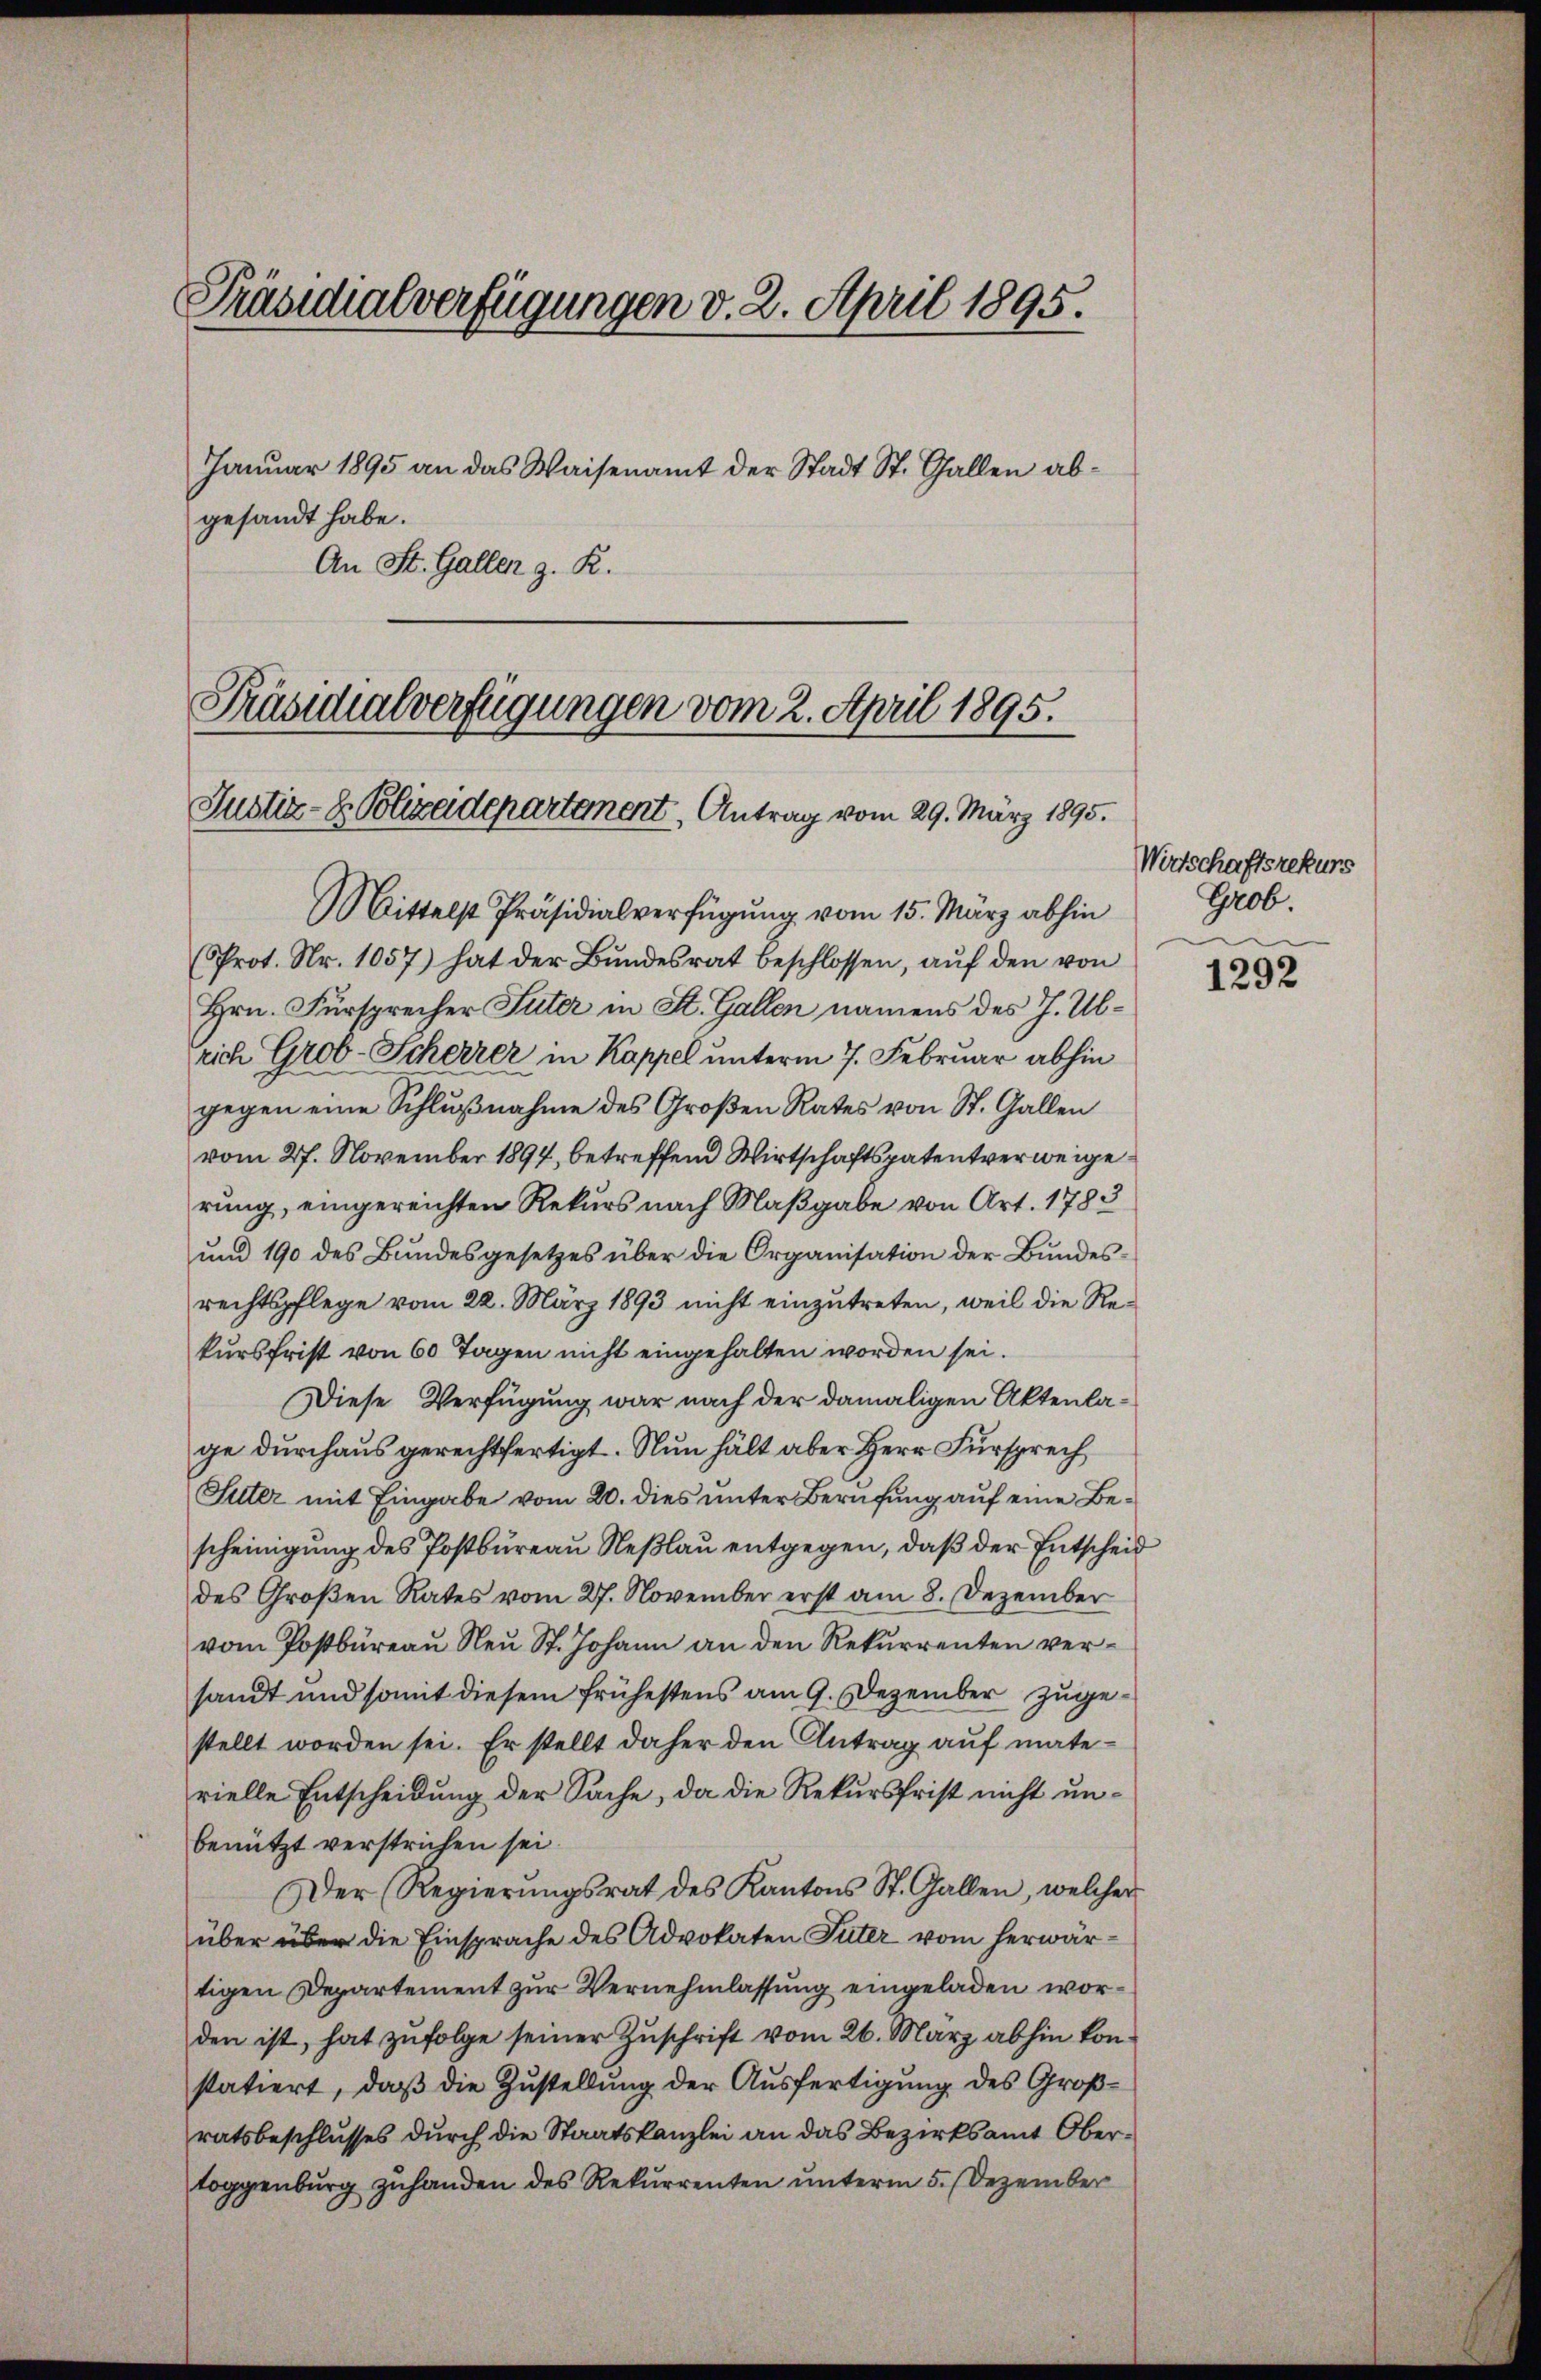
Präsidialverfügungen v. 2. April 1895.

Januar 1895 an das Waisenamt der Stadt St. Gallen abgesandt habe.
An St. Galler z. R.

Präsidialverfügungen vom 2. April 1895.
Justiz- & Polizeidepartanent, Antrag vom 29. März 1895.

Mittelst Präsidialverfügung vom 15. März abhin
(Prot. Nr. 1057) hat der Bundesrat beschlossen, auf den von
Hrn. Fürsprecher Suter in St. Gallen namens des J. Ubrich Grob-Scherrer in Kappel unterm 7. Februar abhin
gegen eine Schlußnahme des Großen Rates von St. Gallen
vom 27. November 1897, betreffend Wirtschaftspatentverweigerung, eingereichten Rekurs nach Maßgabe von Art. 1783
ŭnd 190 des Bŭndesgesetzes über die Organisation der Bŭndes-
rechtspflege vom 22. März 1893 nicht einzutreten, weil die Rekursfrist von 60 Tagen nicht eingehalten worden sei.
Diese Verfügung war nach der damaligen Aktenlage durchaus gerechtfertigt. Nun hält aber Herr Fürsprech
Suter mit Eingabe vom 20. dies unter Berufung auf eine Bescheinigung des Postbureau Neßlau entgegen, daß der Entscheid
des Großen Rates vom 27. November erst am 8. Dezember
vom Postbüreau Neu St. Johann an den Rekurrenten versandt und somit diesem frühestens am 9. Dezember zugestellt worden sei. Er stellt daher den Antrag auf materielle Entscheidung der Sache, da die Rekursfrist nicht unbenützt verstrichen sei.
Der Regierŭngsrat des Kantons St. Gallen, welcher
über über die Einsprache des Advokaten Tuter vom herwärtigen Departement zur Vernehmlassung eingeladen worden ist, hat zufolge seiner Zuschrift vom 26. März abhin konstatiert, daß die Zustellung der Ausfertigung des Großratsbeschlusses durch die Staatskanzlei an das Bezirksamt Obertoggenburg zuhanden des Rekurrenten unterm 5. Dezember

Wirtschaftsrekurs
Grob.

1292